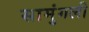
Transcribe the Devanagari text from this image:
सामुंगली